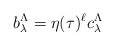
\begin{align*} b^\Lambda_\lambda = \eta(\tau)^\ell c^\Lambda_\lambda\end{align*}